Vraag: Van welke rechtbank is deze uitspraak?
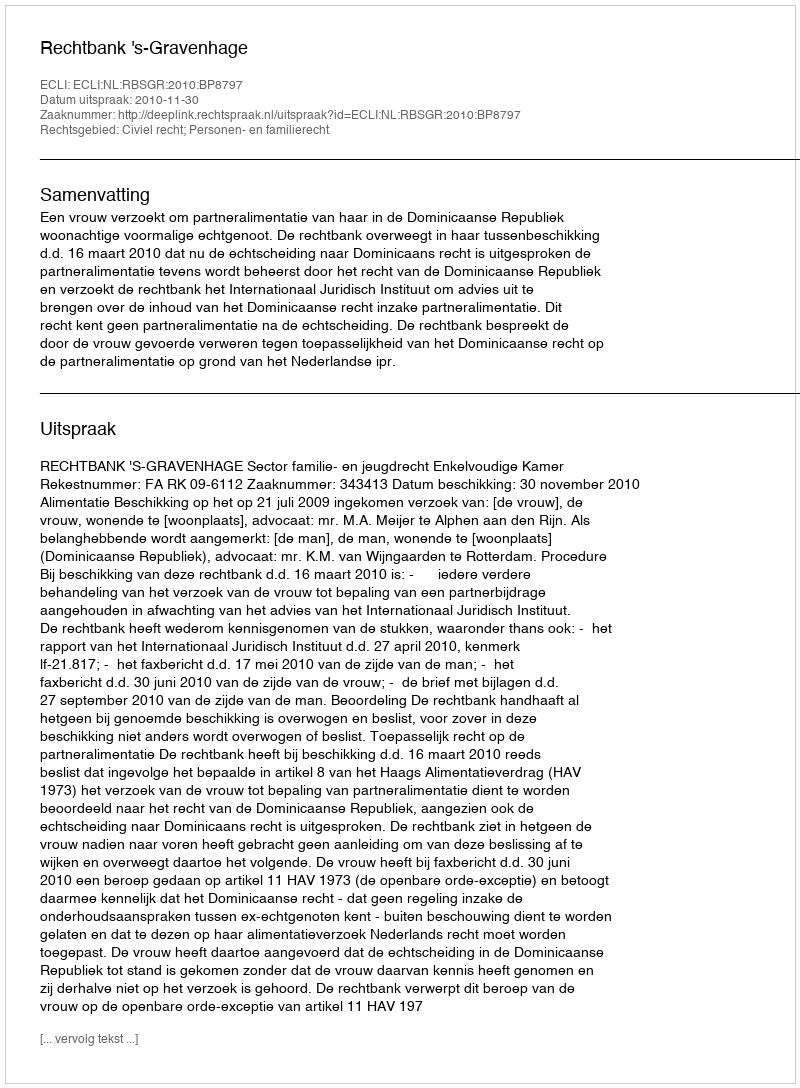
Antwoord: Rechtbank 's-Gravenhage